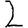
Digit: 2